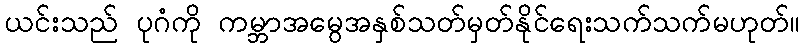
ယင်းသည် ပုဂံကို ကမ္ဘာအမွေအနှစ်သတ်မှတ်နိုင်ရေးသက်သက်မဟုတ်။